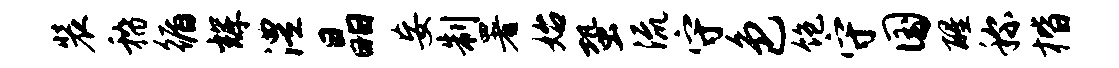
装稽循辉澧晶妄制署始蛩流守色饱守国醒称楷